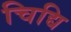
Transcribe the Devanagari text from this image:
चिद्यि